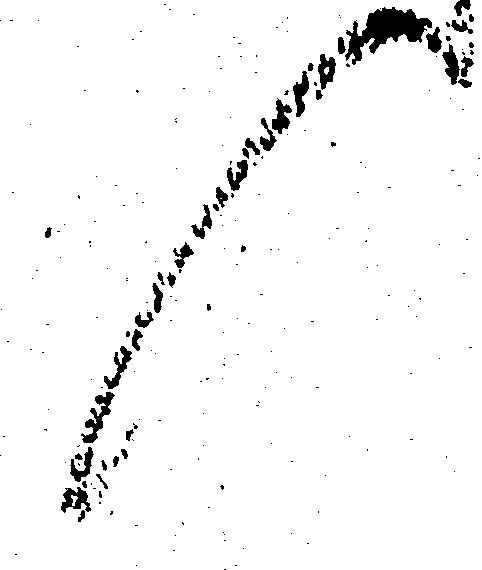
候